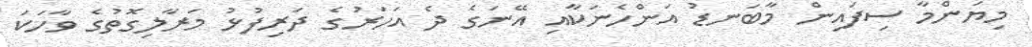
މިޔަންމާ ސިފައިން މާބަނޑު އަންހެނަކާއި އޭނަގެ ދެ އަހަރުގެ ދަރިފުޅު މަރާލިގޮތުގެ ވާހަކަ